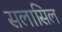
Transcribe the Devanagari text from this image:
सलासिल